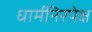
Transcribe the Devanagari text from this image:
धार्मनिरपेक्ष